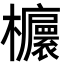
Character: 𣠯